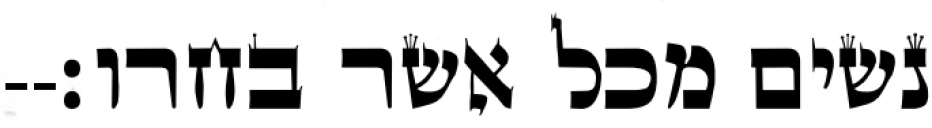
נשים מכל אשר בחרו׃--